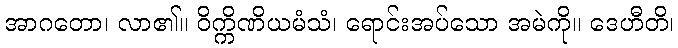
အာဂတော၊ လာ၏။ ဝိက္ကိဏိယမံသံ၊ ရောင်းအပ်သော အမဲကို။ ဒေဟီတိ၊